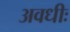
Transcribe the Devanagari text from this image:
अवधीः